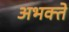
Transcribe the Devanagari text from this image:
अभक्ते